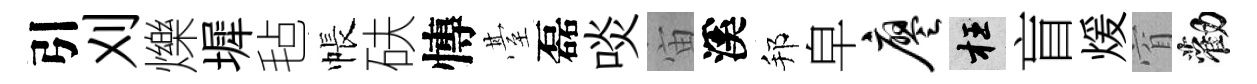
引刈爍墀毡帳砆慱䑓磊啖宙溪邦皁廖枉盲煖窅勸